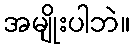
အမျိုးပါဘဲ။